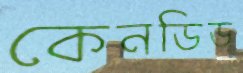
কেনডিড